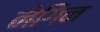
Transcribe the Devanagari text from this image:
नेगिन